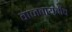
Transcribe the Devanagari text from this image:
वाजवायचीच